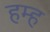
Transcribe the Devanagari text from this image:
हम्ह